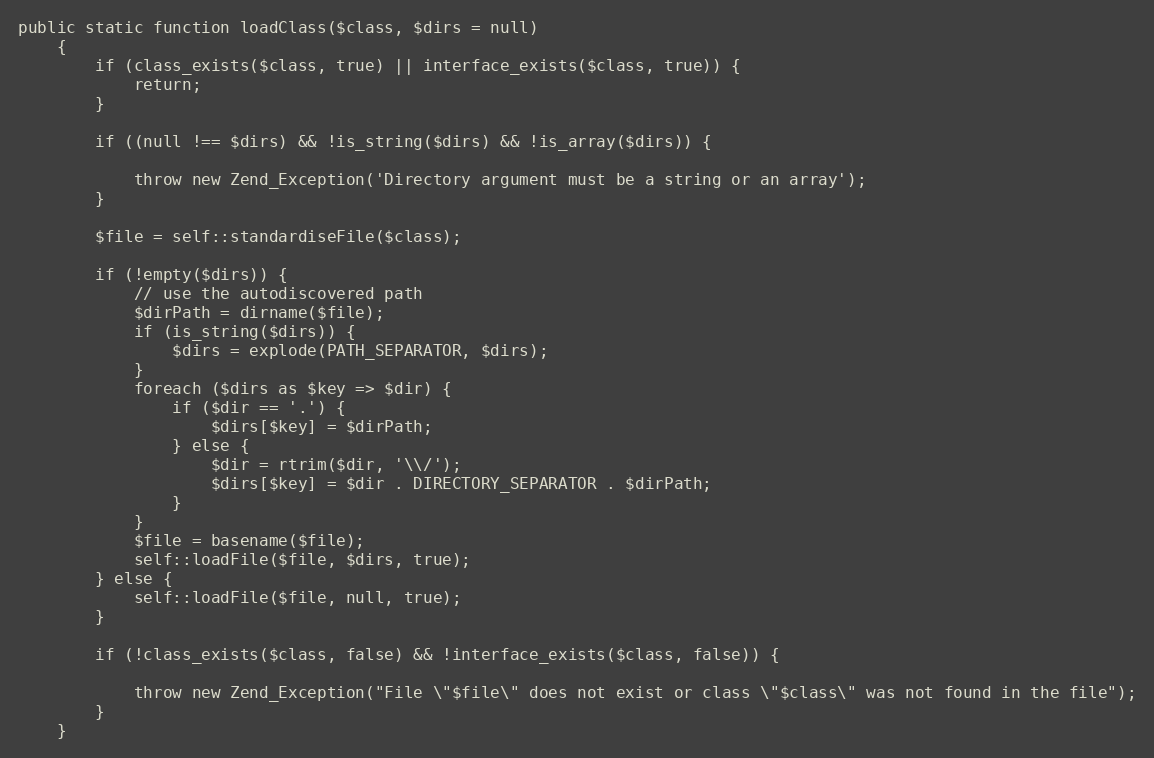
Language: PHP
public static function loadClass($class, $dirs = null)
    {
        if (class_exists($class, true) || interface_exists($class, true)) {
            return;
        }

        if ((null !== $dirs) && !is_string($dirs) && !is_array($dirs)) {

            throw new Zend_Exception('Directory argument must be a string or an array');
        }

        $file = self::standardiseFile($class);

        if (!empty($dirs)) {
            // use the autodiscovered path
            $dirPath = dirname($file);
            if (is_string($dirs)) {
                $dirs = explode(PATH_SEPARATOR, $dirs);
            }
            foreach ($dirs as $key => $dir) {
                if ($dir == '.') {
                    $dirs[$key] = $dirPath;
                } else {
                    $dir = rtrim($dir, '\\/');
                    $dirs[$key] = $dir . DIRECTORY_SEPARATOR . $dirPath;
                }
            }
            $file = basename($file);
            self::loadFile($file, $dirs, true);
        } else {
            self::loadFile($file, null, true);
        }

        if (!class_exists($class, false) && !interface_exists($class, false)) {

            throw new Zend_Exception("File \"$file\" does not exist or class \"$class\" was not found in the file");
        }
    }